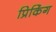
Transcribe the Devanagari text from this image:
प्रिकिंग